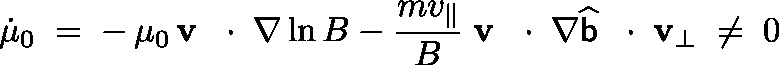
\dot { \mu } _ { 0 } \; = \; - \, \mu _ { 0 } \, { \bf v } \, \mathrm { ~ \boldmath ~ \cdot ~ } \, \nabla \ln B - \frac { m v _ { \| } } { B } \; { \bf v } \, \mathrm { ~ \boldmath ~ \cdot ~ } \, \nabla \widehat { { \sf b } } \, \mathrm { ~ \boldmath ~ \cdot ~ } \, { \bf v } _ { \bot } \; \neq \; 0